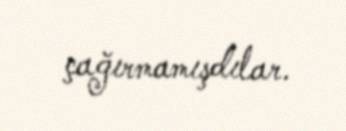
çağırmamışdılar.